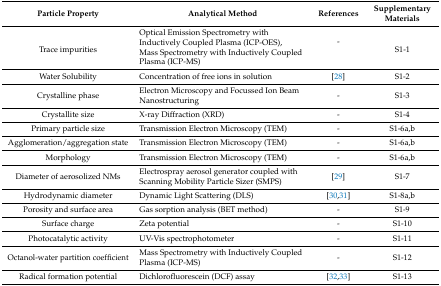
| Particle Property | Analytical Method | References | Supplementary Materials |
 | --- | --- | --- | --- |
 | <ROWSPAN=2> Trace impurities | Optical Emission Spectrometry with Inductively Coupled Plasma (ICP-OES), | <ROWSPAN=2> - | <ROWSPAN=2> S1-1 |
 | Mass Spectrometry with Inductively Coupled Plasma (ICP-MS) |
 | Water Solubility | Concentration of free ions in solution | [28] | S1-2 |
 | Crystalline phase | Electron Microscopy and Focussed Ion Beam Nanostructuring | - | S1-3 |
 | Crystallite size | X-ray Diffraction (XRD) | - | S1-4 |
 | Primary particle size | Transmission Electron Microscopy (TEM) | - | S1-6a,b |
 | Agglomeration/aggregation state | Transmission Electron Microscopy (TEM) | - | S1-6a,b |
 | Morphology | Transmission Electron Microscopy (TEM) | - | S1-6a,b |
 | Diameter of aerosolized NMs | Electrospray aerosol generator coupled with Scanning Mobility Particle Sizer (SMPS) | [29] | S1-7 |
 | Hydrodynamic diameter | Dynamic Light Scattering (DLS) | [30,31] | S1-8a,b |
 | Porosity and surface area | Gas sorption analysis (BET method) | - | S1-9 |
 | Surface charge | Zeta potential | - | S1-10 |
 | Photocatalytic activity | UV-Vis spectrophotometer | - | S1-11 |
 | Octanol-water partition coefficient | Mass Spectrometry with Inductively Coupled Plasma (ICP-MS) | - | S1-12 |
 | Radical formation potential | Dichlorofluorescein (DCF) assay | [32,33] | S1-13 |